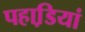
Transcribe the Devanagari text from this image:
पहाडि़यां